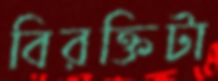
বিরক্তিটা